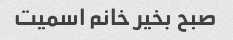
صبح بخیر خانم اسمیت